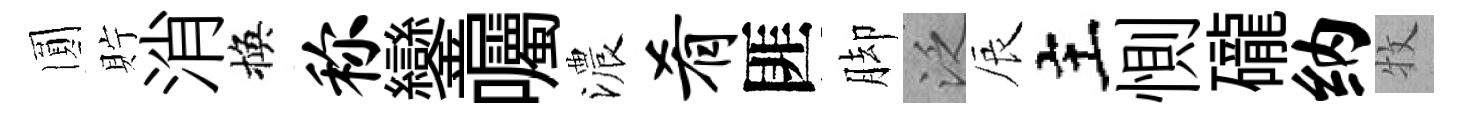
圎貯消換称鑾囑濃肴匪脚泛辰主惻礲纳牧